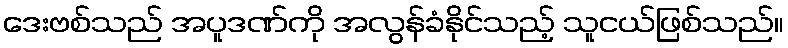
ဒေးဗစ်သည် အပူဒဏ်ကို အလွန်ခံနိုင်သည့် သူငယ်ဖြစ်သည်။